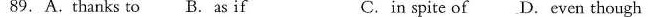
89.A.Thanks to B. As if C.in spite of D.Even though